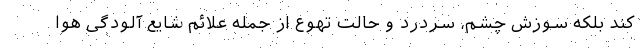
کند بلکه سوزش چشم، سردرد و حالت تهوع از جمله علائم شایع آلودگی هوا